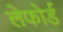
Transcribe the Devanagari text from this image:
लेफोर्ड